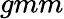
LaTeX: gmm